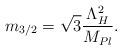
LaTeX: \begin{align*}m_{3/2} = \sqrt{3} \frac{\Lambda_H^2}{M_{Pl}}.\end{align*}